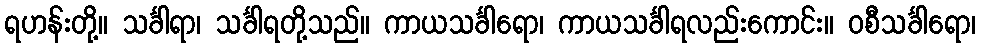
ရဟန်းတို့။ သင်္ခါရာ၊ သင်္ခါရတို့သည်။ ကာယသင်္ခါရော၊ ကာယသင်္ခါရလည်းကောင်း။ ဝစီသင်္ခါရော၊